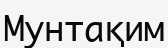
Мунтақим